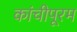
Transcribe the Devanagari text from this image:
कांचीपूरम